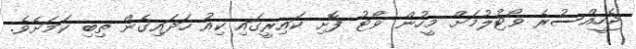
ޖެހީއްސުރެ ވޯޓުލުމަށް މީހުން ވޯޓު ފޮށި ކައިރީގައި ކިއު ހަދައިގެން ތިބި ކަމަށެވެ.